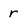
Character: r